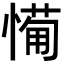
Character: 𢟡